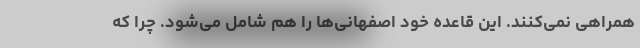
همراهی نمی‌کنند. این قاعده خود اصفهانی‌ها را هم شامل می‌شود. چرا که